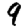
Digit: 9